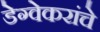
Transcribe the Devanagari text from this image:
डेग्वेकरांचे